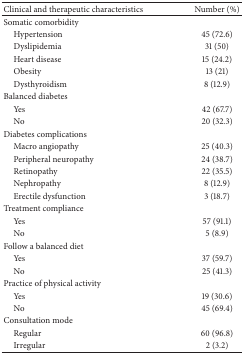
| Clinical and therapeutic characteristics | Number (%) |
 | --- | --- |
 | Somatic comorbidity |  |
 | Hypertension | 45 (72.6) |
 | Dyslipidemia | 31 (50) |
 | Heart disease | 15 (24.2) |
 | Obesity | 13 (21) |
 | Dysthyroidism | 8 (12.9) |
 | Balanced diabetes |  |
 | Yes | 42 (67.7) |
 | No | 20 (32.3) |
 | Diabetes complications |  |
 | Macro angiopathy | 25 (40.3) |
 | Peripheral neuropathy | 24 (38.7) |
 | Retinopathy | 22 (35.5) |
 | Nephropathy | 8 (12.9) |
 | Erectile dysfunction | 3 (18.7) |
 | Treatment compliance |  |
 | Yes | 57 (91.1) |
 | No | 5 (8.9) |
 | Follow a balanced diet |  |
 | Yes | 37 (59.7) |
 | No | 25 (41.3) |
 | Practice of physical activity |  |
 | Yes | 19 (30.6) |
 | No | 45 (69.4) |
 | Consultation mode |  |
 | Regular | 60 (96.8) |
 | Irregular | 2 (3.2) |